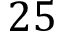
2 5